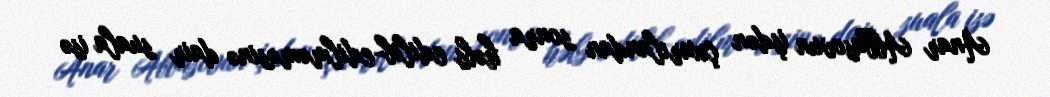
Anar Abbasovun işdən çıxarılandan sonra həbs edilib-edilməməsinə dair suala isə